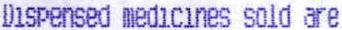
DISPENSED MEDICINES SOLD ARE